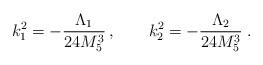
LaTeX: \begin{align*}k_1^2 = -\frac{\Lambda_1}{24 M_5^3} \, , \qquad k_2^2= -\frac{\Lambda_2}{24 M_5^3} \; .\end{align*}